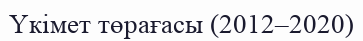
Үкімет төрағасы (2012–2020)